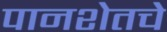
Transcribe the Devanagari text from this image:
पानशेतचे